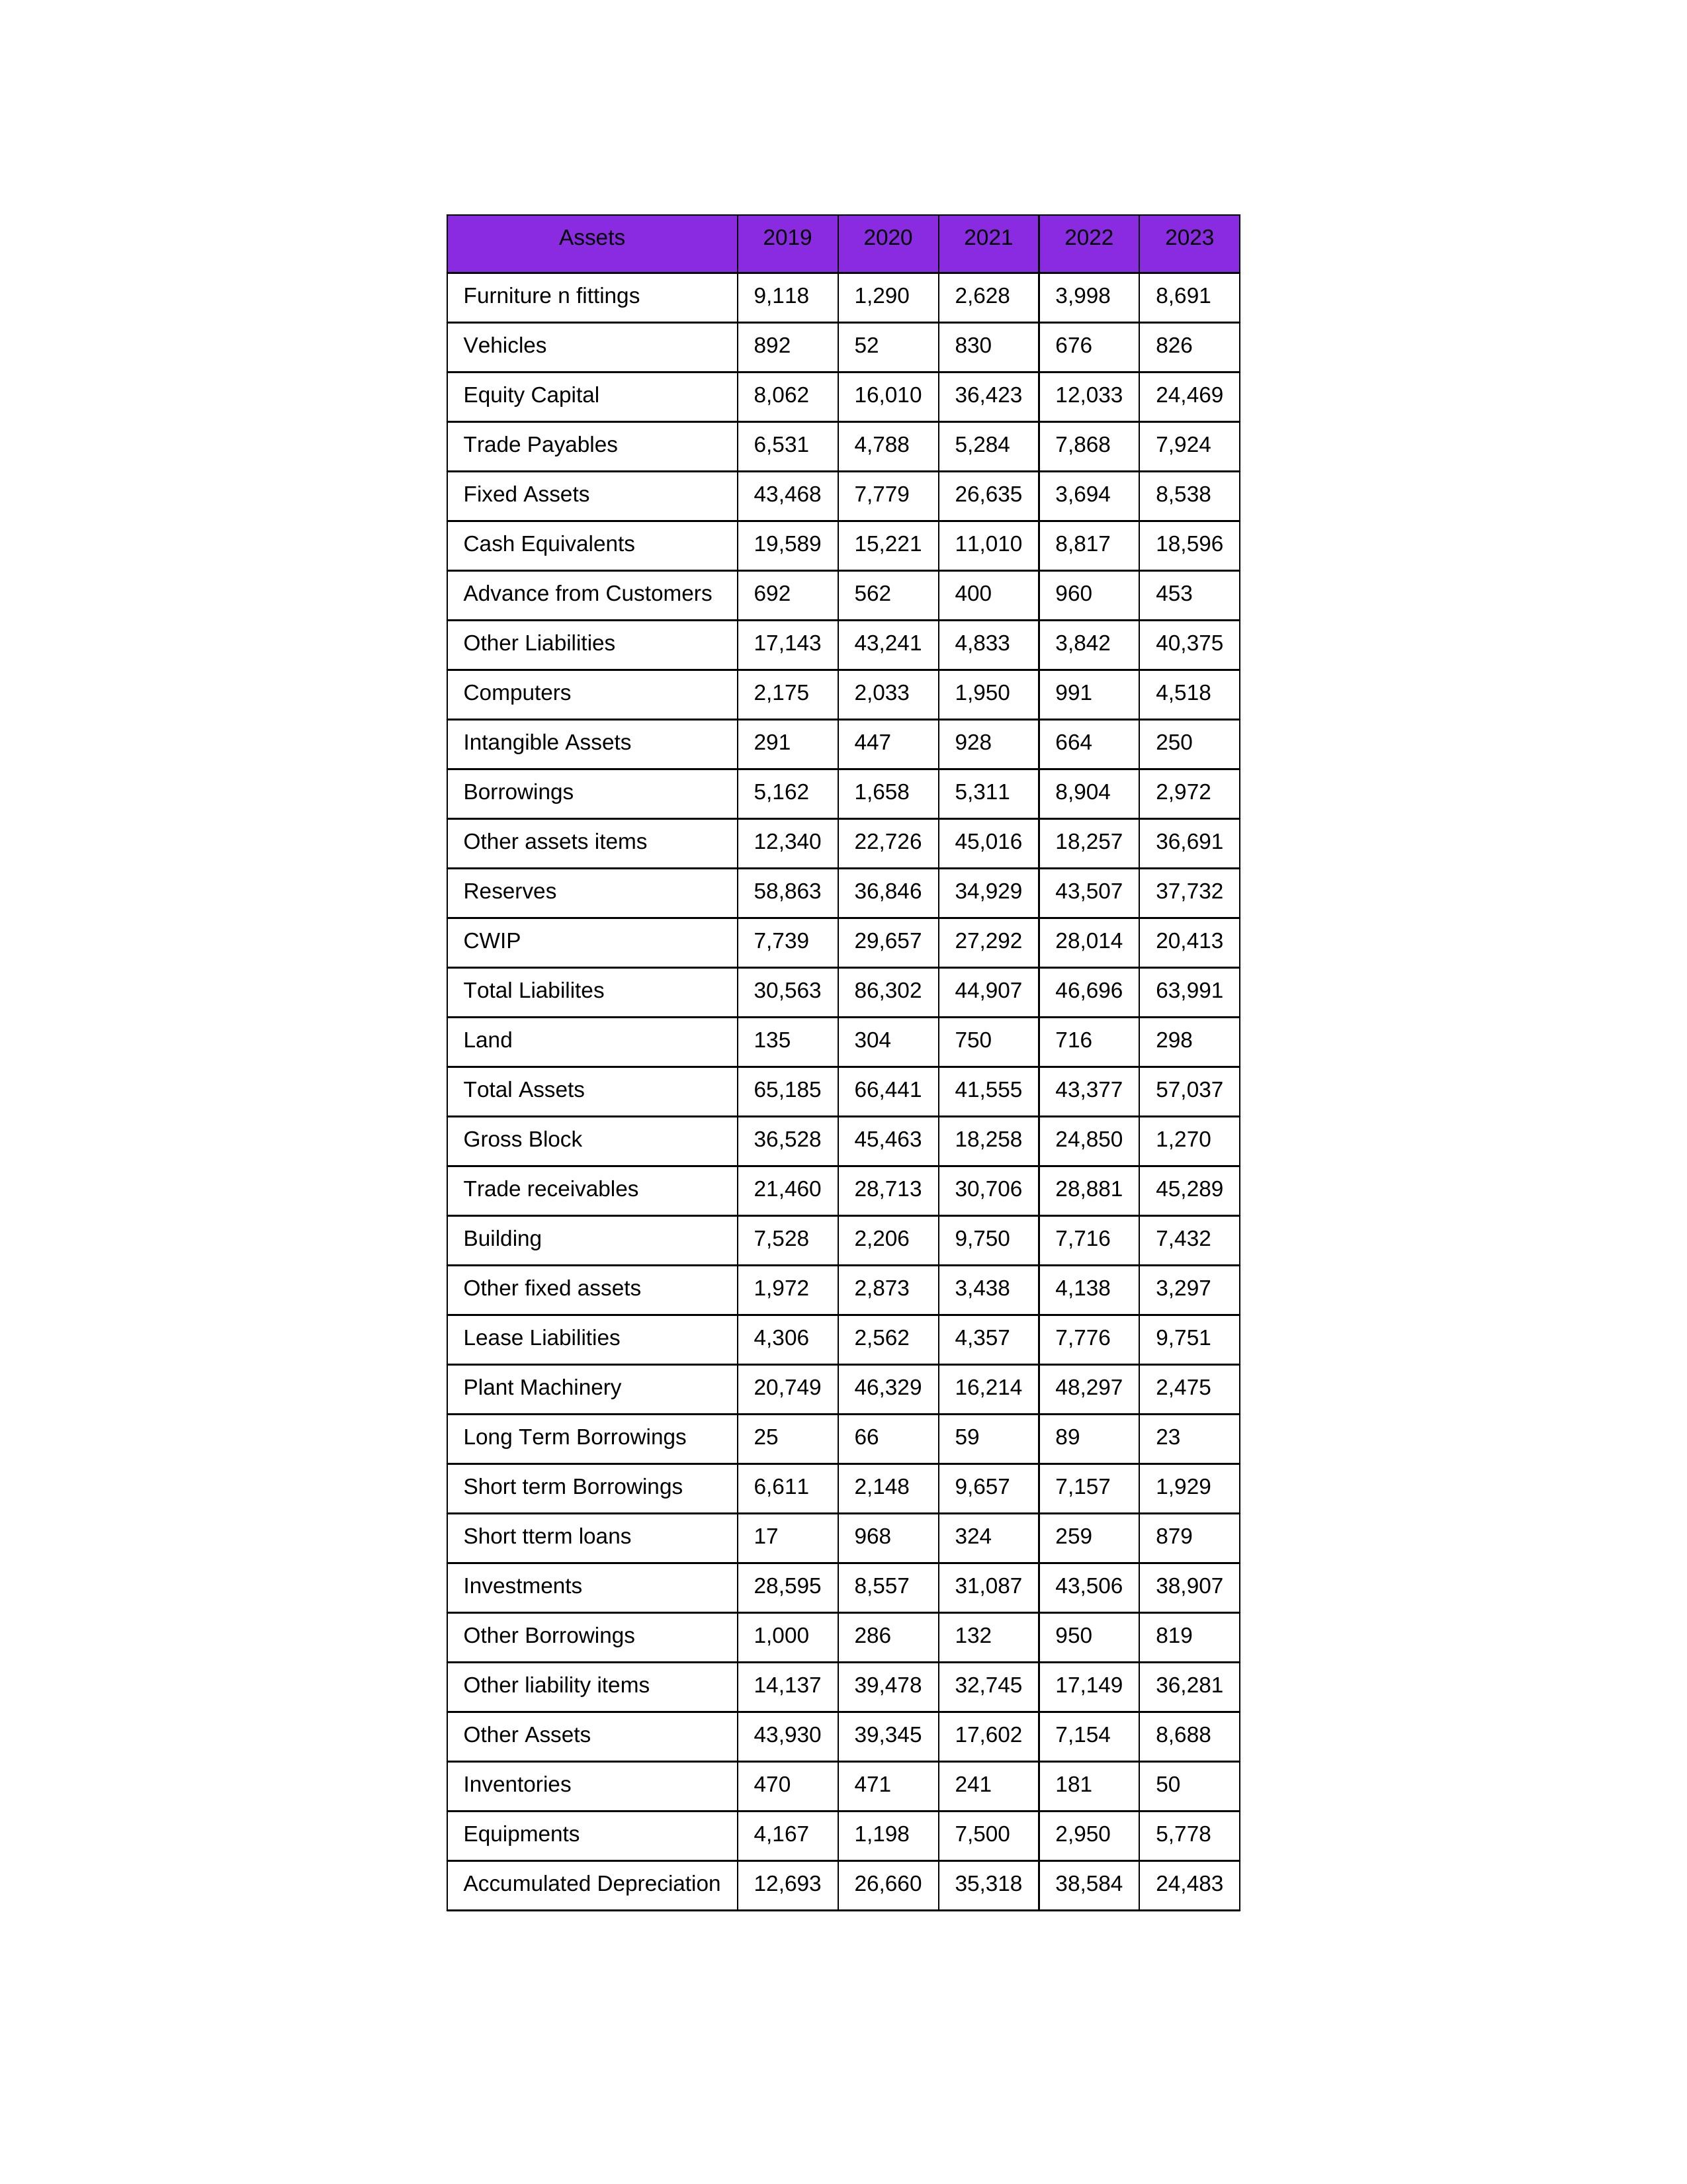
gt_parse: 2019: Equity Capital: 8,062
Reserves: 58,863
Borrowings: 5,162
Long Term Borrowings: 25
Short term Borrowings: 6,611
Lease Liabilities: 4,306
Other Borrowings: 1,000
Other Liabilities: 17,143
Trade Payables: 6,531
Advance from Customers: 692
Other liability items: 14,137
Total Liabilites: 30,563
Fixed Assets: 43,468
Land: 135
Building: 7,528
Plant Machinery: 20,749
Equipments: 4,167
Computers: 2,175
Furniture n fittings: 9,118
Vehicles: 892
Intangible Assets: 291
Other fixed assets: 1,972
Gross Block: 36,528
Accumulated Depreciation: 12,693
CWIP: 7,739
Investments: 28,595
Other Assets: 43,930
Inventories: 470
Trade receivables: 21,460
Cash Equivalents: 19,589
Short tterm loans: 17
Other assets items: 12,340
Total Assets: 65,185
2020: Equity Capital: 16,010
Reserves: 36,846
Borrowings: 1,658
Long Term Borrowings: 66
Short term Borrowings: 2,148
Lease Liabilities: 2,562
Other Borrowings: 286
Other Liabilities: 43,241
Trade Payables: 4,788
Advance from Customers: 562
Other liability items: 39,478
Total Liabilites: 86,302
Fixed Assets: 7,779
Land: 304
Building: 2,206
Plant Machinery: 46,329
Equipments: 1,198
Computers: 2,033
Furniture n fittings: 1,290
Vehicles: 52
Intangible Assets: 447
Other fixed assets: 2,873
Gross Block: 45,463
Accumulated Depreciation: 26,660
CWIP: 29,657
Investments: 8,557
Other Assets: 39,345
Inventories: 471
Trade receivables: 28,713
Cash Equivalents: 15,221
Short tterm loans: 968
Other assets items: 22,726
Total Assets: 66,441
2021: Equity Capital: 36,423
Reserves: 34,929
Borrowings: 5,311
Long Term Borrowings: 59
Short term Borrowings: 9,657
Lease Liabilities: 4,357
Other Borrowings: 132
Other Liabilities: 4,833
Trade Payables: 5,284
Advance from Customers: 400
Other liability items: 32,745
Total Liabilites: 44,907
Fixed Assets: 26,635
Land: 750
Building: 9,750
Plant Machinery: 16,214
Equipments: 7,500
Computers: 1,950
Furniture n fittings: 2,628
Vehicles: 830
Intangible Assets: 928
Other fixed assets: 3,438
Gross Block: 18,258
Accumulated Depreciation: 35,318
CWIP: 27,292
Investments: 31,087
Other Assets: 17,602
Inventories: 241
Trade receivables: 30,706
Cash Equivalents: 11,010
Short tterm loans: 324
Other assets items: 45,016
Total Assets: 41,555
2022: Equity Capital: 12,033
Reserves: 43,507
Borrowings: 8,904
Long Term Borrowings: 89
Short term Borrowings: 7,157
Lease Liabilities: 7,776
Other Borrowings: 950
Other Liabilities: 3,842
Trade Payables: 7,868
Advance from Customers: 960
Other liability items: 17,149
Total Liabilites: 46,696
Fixed Assets: 3,694
Land: 716
Building: 7,716
Plant Machinery: 48,297
Equipments: 2,950
Computers: 991
Furniture n fittings: 3,998
Vehicles: 676
Intangible Assets: 664
Other fixed assets: 4,138
Gross Block: 24,850
Accumulated Depreciation: 38,584
CWIP: 28,014
Investments: 43,506
Other Assets: 7,154
Inventories: 181
Trade receivables: 28,881
Cash Equivalents: 8,817
Short tterm loans: 259
Other assets items: 18,257
Total Assets: 43,377
2023: Equity Capital: 24,469
Reserves: 37,732
Borrowings: 2,972
Long Term Borrowings: 23
Short term Borrowings: 1,929
Lease Liabilities: 9,751
Other Borrowings: 819
Other Liabilities: 40,375
Trade Payables: 7,924
Advance from Customers: 453
Other liability items: 36,281
Total Liabilites: 63,991
Fixed Assets: 8,538
Land: 298
Building: 7,432
Plant Machinery: 2,475
Equipments: 5,778
Computers: 4,518
Furniture n fittings: 8,691
Vehicles: 826
Intangible Assets: 250
Other fixed assets: 3,297
Gross Block: 1,270
Accumulated Depreciation: 24,483
CWIP: 20,413
Investments: 38,907
Other Assets: 8,688
Inventories: 50
Trade receivables: 45,289
Cash Equivalents: 18,596
Short tterm loans: 879
Other assets items: 36,691
Total Assets: 57,037